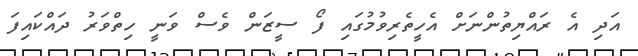
އަދި އެ ރައްޔިތުންނަށް އެހީތެރިވުމުގައި ފޯ ސީޒަން ވެސް ވަނީ ހިތްވަރު ދައްކައިފަ